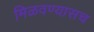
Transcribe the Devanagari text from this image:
मिळवण्यासच